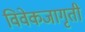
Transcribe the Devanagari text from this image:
विवेकजागृती